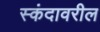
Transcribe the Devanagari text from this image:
स्कंदावरील